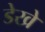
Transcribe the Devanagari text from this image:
डेखे